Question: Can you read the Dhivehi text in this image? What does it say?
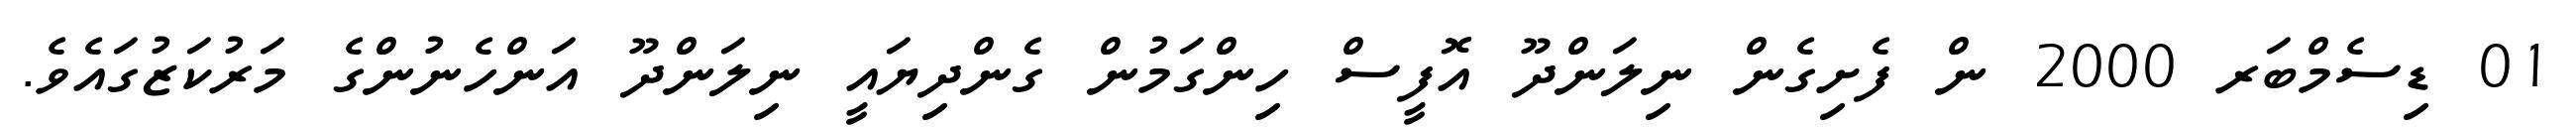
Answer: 01 ޑިސެމްބަރ 2000 ން ފެށިގެން ނިލަންދޫ އޮފީސް ހިންގަމުން ގެންދިޔައީ ނިލަންދޫ އަންހެނުންގެ މަރުކަޒުގައެވެ.